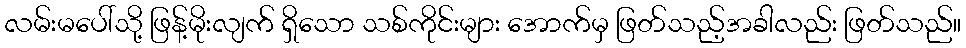
လမ်းမပေါ်သို့ ဖြန့်မိုးလျက် ရှိသော သစ်ကိုင်းများ အောက်မှ ဖြတ်သည့်အခါလည်း ဖြတ်သည်။